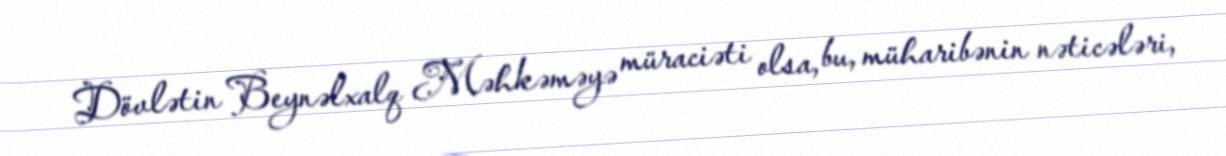
Dövlətin Beynəlxalq Məhkəməyə müraciəti olsa, bu, müharibənin nəticələri,